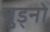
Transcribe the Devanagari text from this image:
चुड्नो